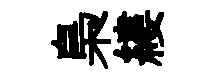
梟縷